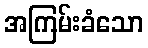
အကြမ်းခံသော